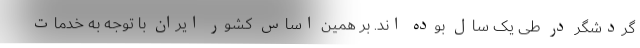
گردشگر در طی یک سال بوده اند. بر همین اساس کشور ایران با توجه به خدمات